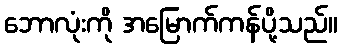
ဘောလုံးကို အမြောက်ကန်ပို့သည်။